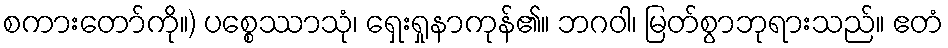
စကားတော်ကို။) ပစ္စေဿာသုံ၊ ရှေးရှုနာကုန်၏။ ဘဂဝါ၊ မြတ်စွာဘုရားသည်။ ဧတံ